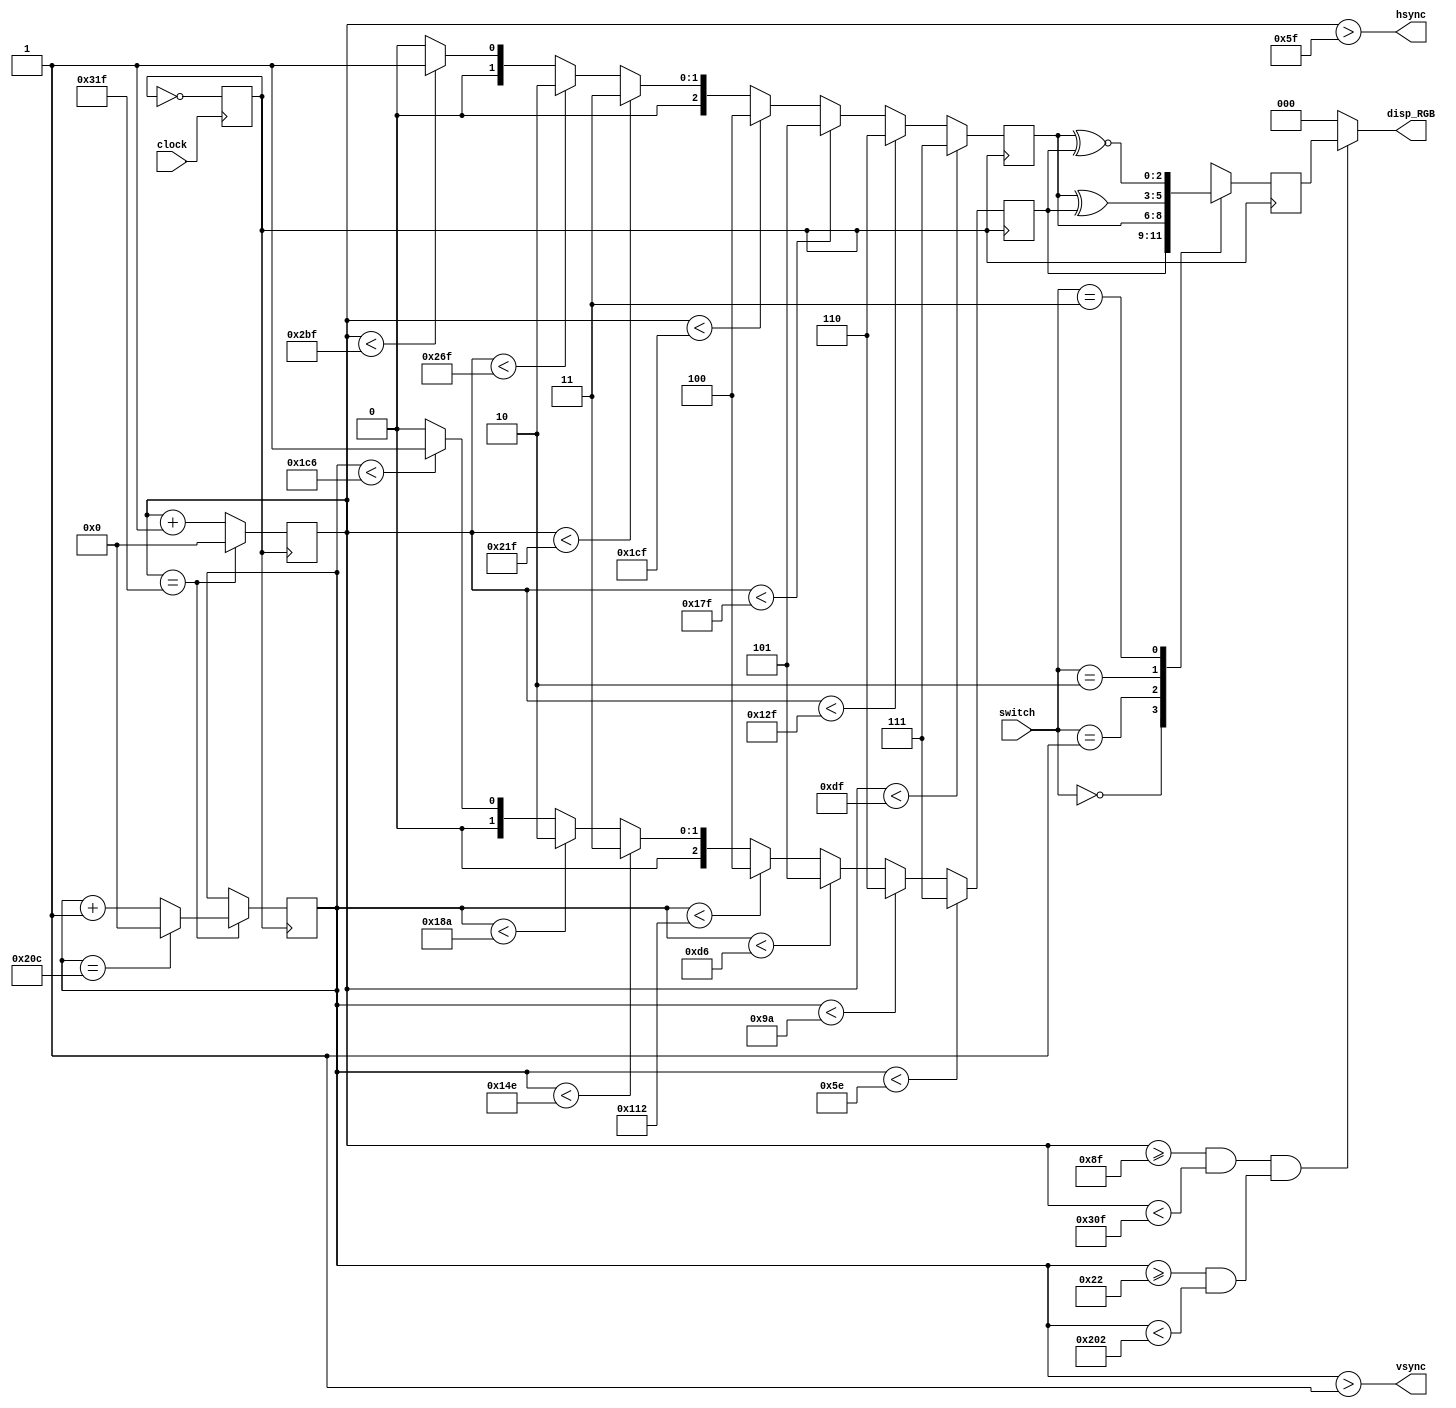
module VGA(
   clock,
   switch,
   disp_RGB,
   hsync,
   vsync
);
input  clock;     //ϵͳʱ 50MHz
input  [1:0]switch;
output [2:0]disp_RGB;    //VGA
output  hsync;     //VGAͬź
output  vsync;     //VGAͬź

reg [9:0] hcount;     //VGAɨ
reg [9:0]   vcount;     //VGAɨ
reg [2:0]   data;
reg [2:0]  h_dat;
reg [2:0]   v_dat;

//reg [9:0]   timer;

reg   flag;
wire  hcount_ov;
wire  vcount_ov;
wire  dat_act;
wire  hsync;
wire   vsync;
reg  vga_clk;
//VGAСɨʱ
parameter hsync_end   = 10'd95,
   hdat_begin  = 10'd143,
   hdat_end  = 10'd783,
   hpixel_end  = 10'd799,
   vsync_end  = 10'd1,
   vdat_begin  = 10'd34,
   vdat_end  = 10'd514,
   vline_end  = 10'd524;


always @(posedge clock)
begin
 vga_clk = ~vga_clk;
end

//************************VGA******************************* 
//ɨ     
always @(posedge vga_clk)
begin
 if (hcount_ov)
  hcount <= 10'd0;
 else
  hcount <= hcount + 10'd1;
end
assign hcount_ov = (hcount == hpixel_end);
//ɨ
always @(posedge vga_clk)
begin
 if (hcount_ov)
 begin
  if (vcount_ov)
   vcount <= 10'd0;
  else
   vcount <= vcount + 10'd1;
 end
end
assign  vcount_ov = (vcount == vline_end);
//ݡͬź
assign dat_act =    ((hcount >= hdat_begin) && (hcount < hdat_end))
     && ((vcount >= vdat_begin) && (vcount < vdat_end));
assign hsync = (hcount > hsync_end);
assign vsync = (vcount > vsync_end);
assign disp_RGB = (dat_act) ?  data : 3'h00;       

//************************ʾݴ******************************* 
//ͼƬʾʱ
/*always @(posedge vga_clk)
begin
 flag <= vcount_ov;
 if(vcount_ov && ~flag)
  timer <= timer + 1'b1;
end
*/

always @(posedge vga_clk)
begin
 case(switch[1:0])
  2'd0: data <= h_dat;      //ѡ
  2'd1: data <= v_dat;      //ѡ
  2'd2: data <= (v_dat ^ h_dat); //̸
  2'd3: data <= (v_dat ~^ h_dat); //̸
 endcase
end

always @(posedge vga_clk)  //
begin
 if(hcount < 223)
  v_dat <= 3'h7;      //   
 else if(hcount < 303)
  v_dat <= 3'h6;   //
 else if(hcount < 383)
  v_dat <= 3'h5;   //
 else if(hcount < 463)
  v_dat <= 3'h4;    //
 else if(hcount < 543)
  v_dat <= 3'h3;   //
 else if(hcount < 623)
  v_dat <= 3'h2;   //
 else if(hcount < 703)
  v_dat <= 3'h1;   //
 else 
  v_dat <= 3'h0;   //
end

always @(posedge vga_clk)  //
begin
 if(vcount < 94)
  h_dat <= 3'h7;        //
 else if(vcount < 154)
  h_dat <= 3'h6;   //
 else if(vcount < 214)
  h_dat <= 3'h5;   //
 else if(vcount < 274)
  h_dat <= 3'h4;    //
 else if(vcount < 334)
  h_dat <= 3'h3;   //
 else if(vcount < 394)
  h_dat <= 3'h2;   //
 else if(vcount < 454)
  h_dat <= 3'h1;   //
 else 
  h_dat <= 3'h0;   //
end

endmodule